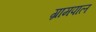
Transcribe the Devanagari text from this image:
ग्रामपाल